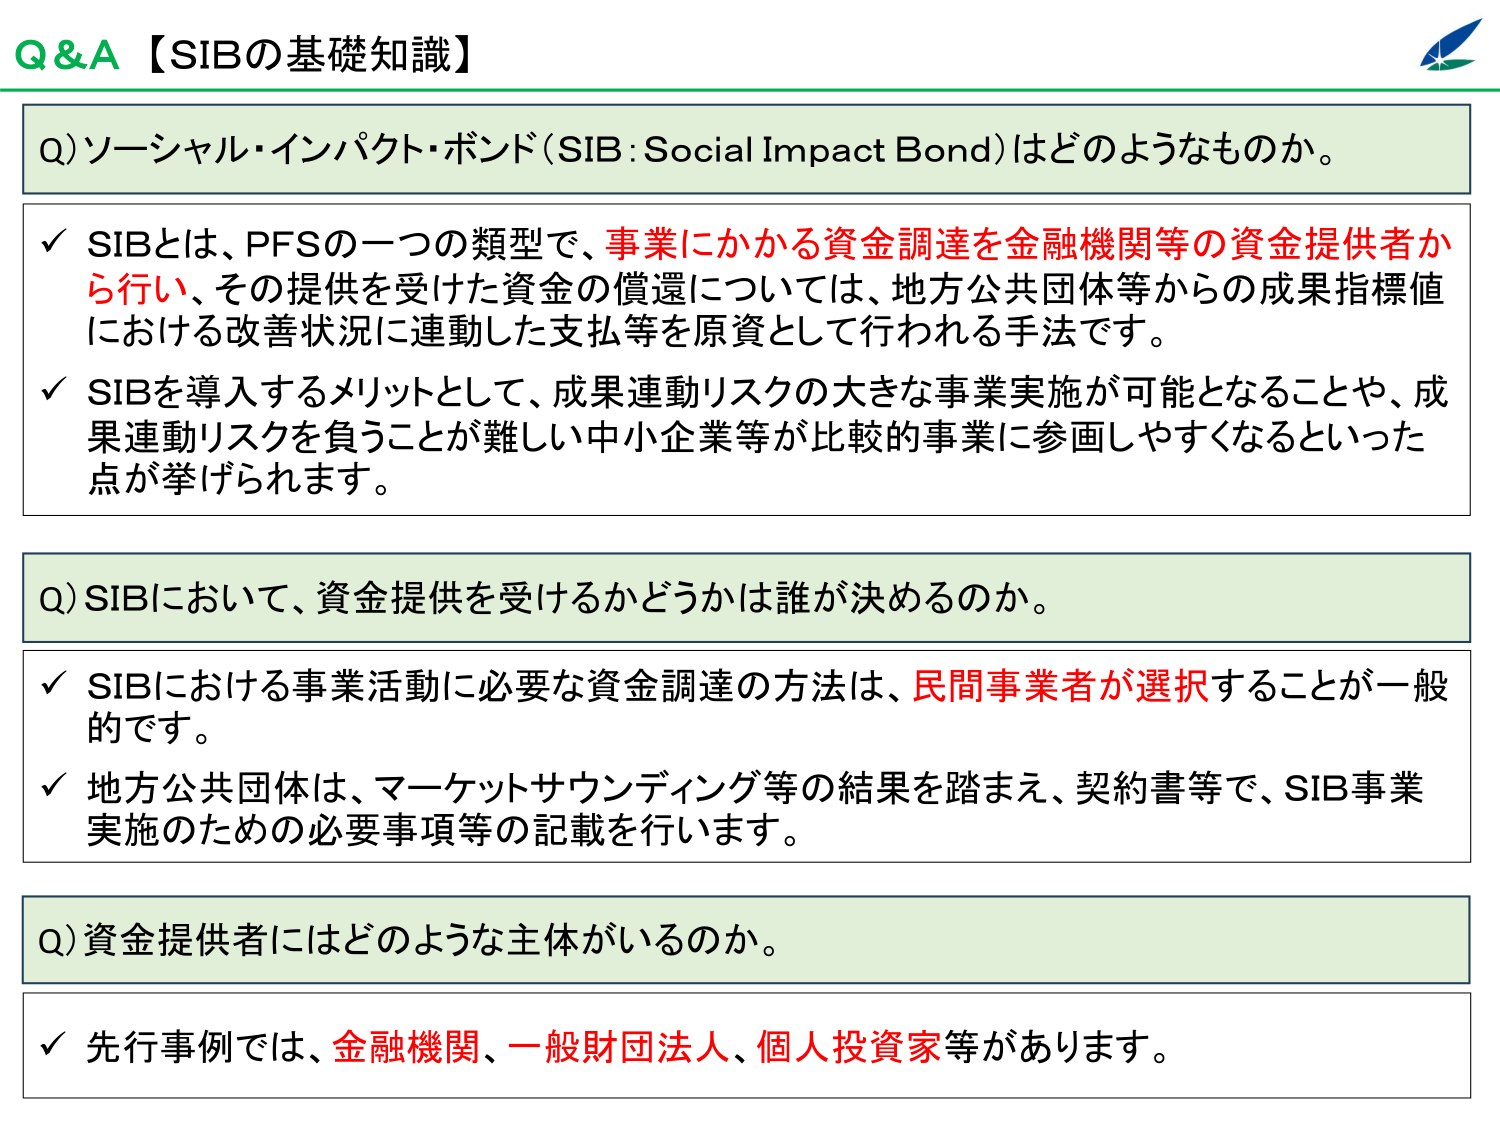
Q&A【SIBの基礎知識】

Q) ソーシャル・インパクト・ボンド（SIB：Social Impact Bond）はどのようなものか。

✓ SIBとは、PFSの一つの類型で、事業にかかる資金調達を金融機関等の資金提供者から行い、その提供を受けた資金の償還については、地方公共団体等からの成果指標値における改善状況に連動した支払等を原資として行われる手法です。

✓ SIBを導入するメリットとして、成果連動リスクの大きな事業実施が可能となることや、成果連動リスクを負うことが難しい中小企業等が比較的事業に参画しやすくなるといった点が挙げられます。

Q) SIBにおいて、資金提供を受けるかどうかは誰が決めるのか。

✓ SIBにおける事業活動に必要な資金調達の方法は、民間事業者が選択することが一般的です。

✓ 地方公共団体は、マーケットサウンディング等の結果を踏まえ、契約書等で、SIB事業実施のための必要事項等の記載を行います。

Q) 資金提供者にはどのような主体がいるのか。

✓ 先行事例では、金融機関、一般財団法人、個人投資家等があります。